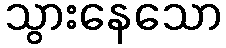
သွားနေသော